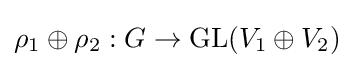
\rho _{1}\oplus \rho _{2}:G\to {\text{GL}}(V_{1}\oplus V_{2})